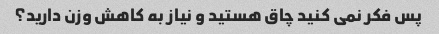
پس فکر نمی کنید چاق هستید و نیاز به کاهش وزن دارید؟